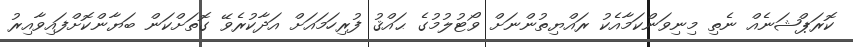
ކޮރަޕްޝަނެއް ނެތި މިނިވަންކަމާއެކު ރައްޔިތުންނަށް ވޯޓުލުމުގެ ޙައްޤު ފުރިހަމައަށް އަދާކުރެވޭ ގޮތަށްކަން ބަޔާންކޮށްފައިވާއިރު